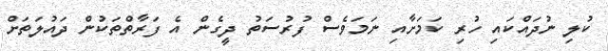
ކުލި ނުދައްކައި ހުރި ކަމަށާއި ނަމަވެސް ފުރުސަތު ދީގެން އެ ފަރާތްތަކުން ދައުލަތަށް